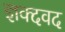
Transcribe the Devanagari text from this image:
ज्ञक्दवद